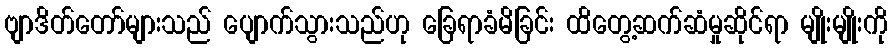
ဗျာဒိတ်တော်များသည် ပျောက်သွားသည်ဟု ခြေရာခံမိခြင်း ထိတွေ့ဆက်ဆံမှုဆိုင်ရာ မျိုးမျိုးကို